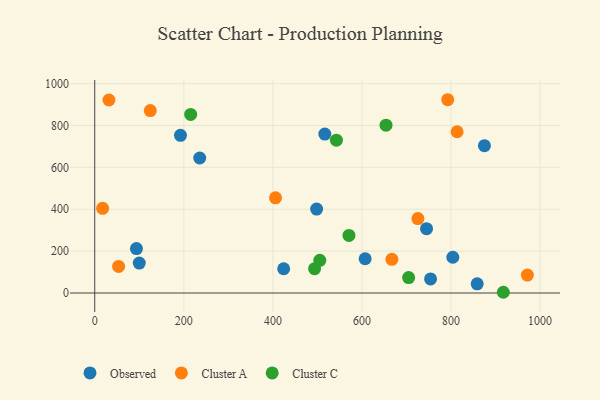
{"axis": {"x": "Distance", "y": "Profit"}, "legend": ["Cluster A", "Cluster C", "Observed"], "data": [{"x": "858.7", "y": 44.0, "type": "Observed"}, {"x": "875.0", "y": 703.5, "type": "Observed"}, {"x": "424.2", "y": 115.8, "type": "Observed"}, {"x": "192.5", "y": 752.8, "type": "Observed"}, {"x": "745.0", "y": 307.3, "type": "Observed"}, {"x": "235.7", "y": 644.7, "type": "Observed"}, {"x": "804.0", "y": 170.8, "type": "Observed"}, {"x": "498.2", "y": 400.9, "type": "Observed"}, {"x": "100.0", "y": 142.7, "type": "Observed"}, {"x": "516.6", "y": 759.1, "type": "Observed"}, {"x": "754.0", "y": 67.3, "type": "Observed"}, {"x": "607.1", "y": 163.5, "type": "Observed"}, {"x": "93.6", "y": 212.4, "type": "Observed"}, {"x": "405.9", "y": 454.5, "type": "Cluster A"}, {"x": "31.9", "y": 921.7, "type": "Cluster A"}, {"x": "17.7", "y": 404.2, "type": "Cluster A"}, {"x": "725.6", "y": 355.3, "type": "Cluster A"}, {"x": "813.6", "y": 770.1, "type": "Cluster A"}, {"x": "53.6", "y": 126.8, "type": "Cluster A"}, {"x": "971.4", "y": 85.7, "type": "Cluster A"}, {"x": "792.6", "y": 922.9, "type": "Cluster A"}, {"x": "124.7", "y": 871.1, "type": "Cluster A"}, {"x": "667.1", "y": 160.9, "type": "Cluster A"}, {"x": "704.8", "y": 73.6, "type": "Cluster C"}, {"x": "215.4", "y": 852.6, "type": "Cluster C"}, {"x": "570.8", "y": 274.9, "type": "Cluster C"}, {"x": "505.3", "y": 155.9, "type": "Cluster C"}, {"x": "917.4", "y": 3.5, "type": "Cluster C"}, {"x": "493.6", "y": 116.2, "type": "Cluster C"}, {"x": "654.0", "y": 801.5, "type": "Cluster C"}, {"x": "542.6", "y": 729.7, "type": "Cluster C"}]}